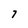
Character: 7